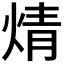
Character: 𭴼